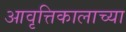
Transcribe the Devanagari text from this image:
आवृत्तिकालाच्या